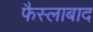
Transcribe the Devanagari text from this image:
फैस्लाबाद